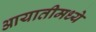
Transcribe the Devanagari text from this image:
आयातीमध्ये